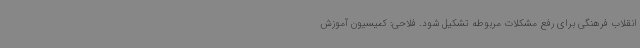
انقلاب فرهنگی برای رفع مشکلات مربوطه تشکیل شود. فلاحی: کمیسیون آموزش